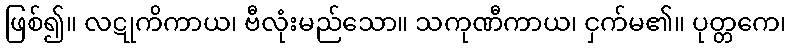
ဖြစ်၍။ လဋုကိကာယ၊ ဗီလုံးမည်သော။ သကုဏီကာယ၊ ငှက်မ၏။ ပုတ္တကေ၊